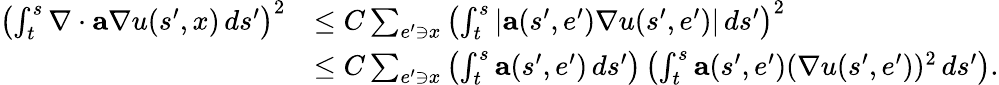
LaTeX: \begin{array}{rl}{\left(\int_{t}^{s}\nabla\cdot\mathbf{a}\nabla u(s^{\prime},x)\, ds^{\prime}\right)^{2}}&{\leq C\sum_{e^{\prime}\ni x}\left(\int_{t}^{s}\left|\mathbf{a}(s^{\prime},e^{\prime})\nabla u(s^{\prime},e^{\prime})\right|\, ds^{\prime}\right)^{2}}\\ &{\leq C\sum_{e^{\prime}\ni x}\left(\int_{t}^{s}\mathbf{a}(s^{\prime},e^{\prime})\, ds^{\prime}\right)\left(\int_{t}^{s}\mathbf{a}(s^{\prime},e^{\prime})(\nabla u(s^{\prime},e^{\prime}))^{2}\, ds^{\prime}\right).}\end{array}